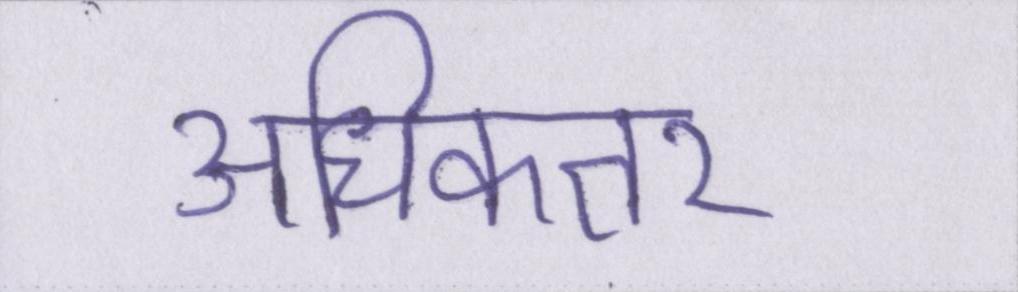
अधिकतर